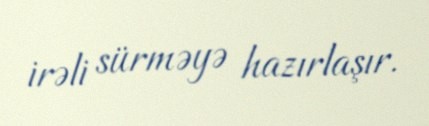
irəli sürməyə hazırlaşır.